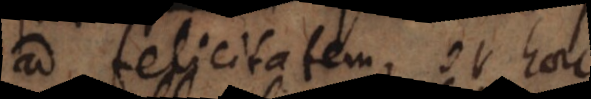
ad felicitatem, et haec